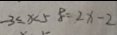
- 3 \leq x < 5 8 = 2 x - 2